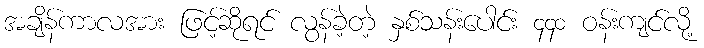
အချိန်ကာလအား ဖြင့်ဆိုရင် လွန်ခဲ့တဲ့ နှစ်သန်းပေါင်း ၄၄၀ ဝန်းကျင်လို့